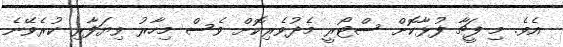
އެވެ. މި ފީޗާ ފުޅާކޮށް ސްޓޯރީ މެދުވެރިކޮށް ވެސް މިހާރު ވިޔަފާރި ކުރެވޭނެ